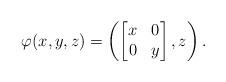
LaTeX: \begin{align*} \varphi(x, y, z) = \left( \left[\begin{matrix} x &0 \\ 0 &y \\ \end{matrix}\right] , z \right). \end{align*}